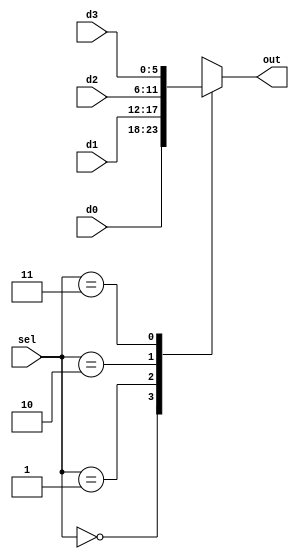
module jump_mux #(parameter N = 6)
(input[N-1:0] d0,d1,d2,d3,
input [1:0] sel,
output reg [N-1:0] out);

always@(*)
 begin
	case(sel)
	2'b00: out <= d0;
	2'b01: out <= d1;
	2'b10: out <= d2;
	2'b11: out <= d3;
	default: out <= d1;
	
	endcase
 end

endmodule